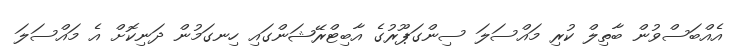
އެއްބަސްވުން ބާތިލް ކުރި މައްސަލަ ސިންގަޕޫރުގެ އާބިޓްރޭޝަންގައި ހިނގަމުން ދަނިކޮށް އެ މައްސަލަ